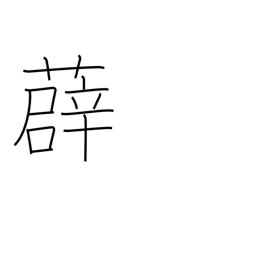
Meaning: type of vine